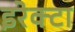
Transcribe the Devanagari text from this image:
इरेक्टा